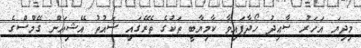
މިދިޔަ އަހަރު ސާޢިދު ހޯދާފައިވާ ކާމިޔާބީ ތަކުގެ ތެރޭގައި ސައުތު އޭޝިއަން ގޭމްސްގެ